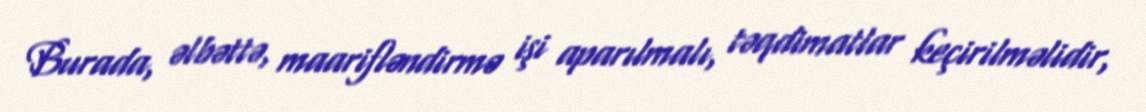
Burada, əlbəttə, maarifləndirmə işi aparılmalı, təqdimatlar keçirilməlidir,